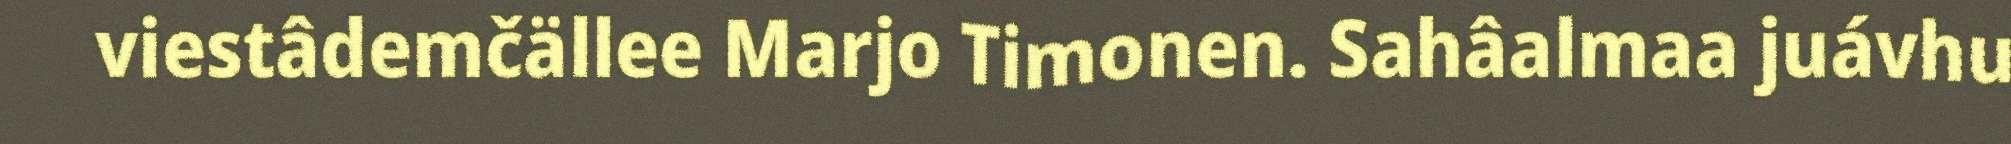
viestâdemčällee Marjo Timonen. Sahâalmaa juávhu